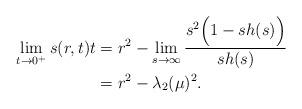
LaTeX: \begin{align*} \lim_{t\rightarrow 0^+}s(r,t)t&=r^2-\lim_{s\rightarrow \infty}\frac{s^2\Big( 1-sh(s) \Big) }{sh(s)}\\ &=r^2-\lambda_2(\mu)^2.\end{align*}